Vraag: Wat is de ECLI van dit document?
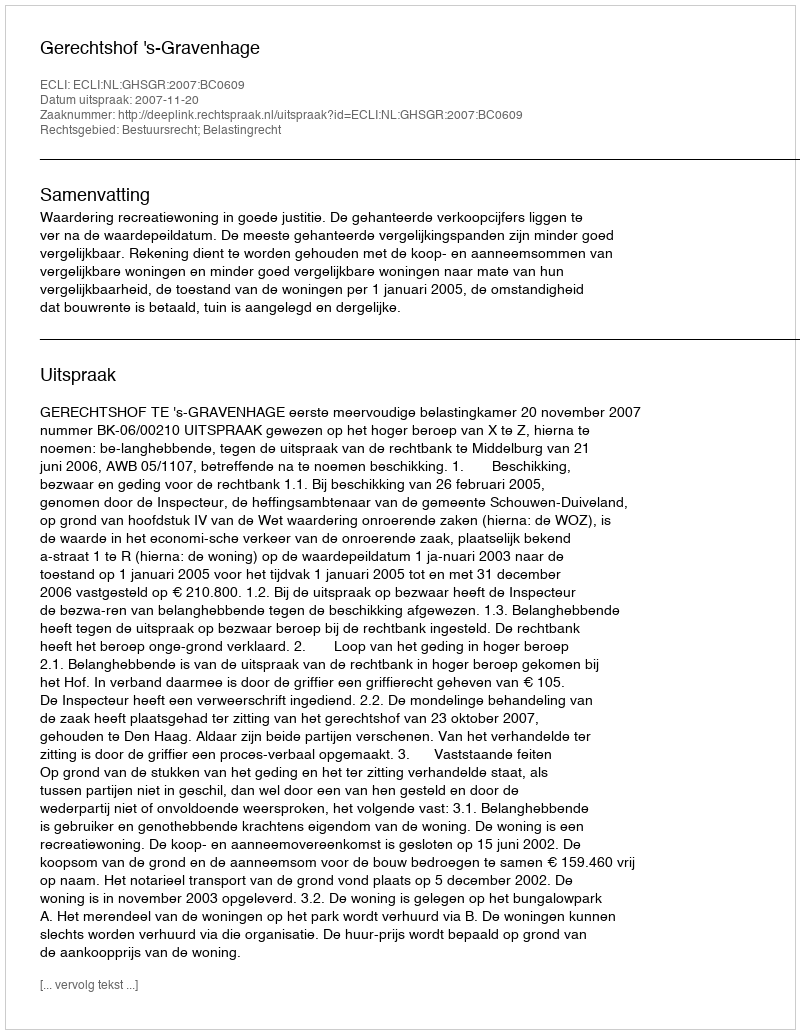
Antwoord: ECLI:NL:GHSGR:2007:BC0609